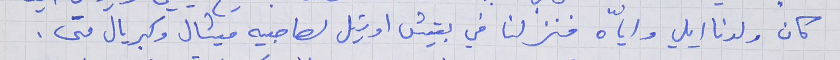
كان ولدنا ايلي واياّه فنزلنا في بيتش اوتيل لصاحبيه ميشال وكبريال متى.